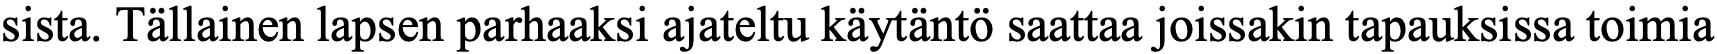
sista. Tällainen lapsen parhaaksi ajateltu käytäntö saattaa joissakin tapauksissa toimia